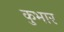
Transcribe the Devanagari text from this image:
कुभार